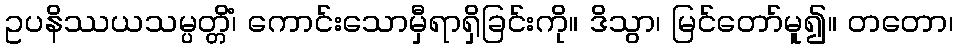
ဥပနိဿယသမ္ပတ္တိံ၊ ကောင်းသောမှီရာရှိခြင်းကို။ ဒိသွာ၊ မြင်တော်မူ၍။ တတော၊